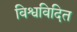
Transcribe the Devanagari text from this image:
विश्वविदित